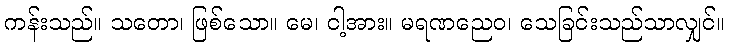
ကန်းသည်။ သတော၊ ဖြစ်သော။ မေ၊ ငါ့အား။ မရဏညေဝ၊ သေခြင်းသည်သာလျှင်။